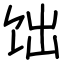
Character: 饳